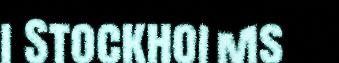
i Stockholms